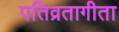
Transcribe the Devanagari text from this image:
पतिव्रतागीता